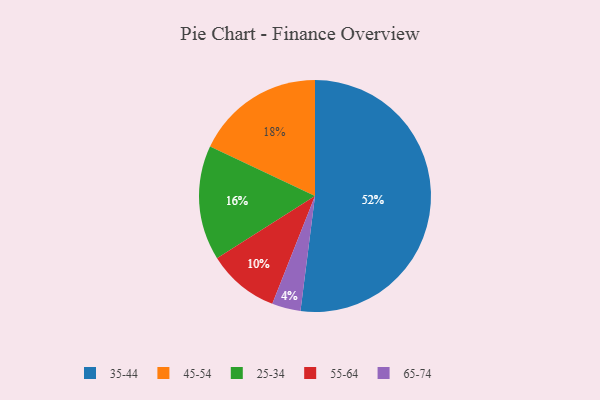
{"axis": {"x": "Category", "y": "Percentage"}, "legend": ["25-34", "35-44", "45-54", "55-64", "65-74"], "data": [{"x": "35-44", "y": 52, "type": "35-44"}, {"x": "25-34", "y": 16, "type": "25-34"}, {"x": "65-74", "y": 4, "type": "65-74"}, {"x": "45-54", "y": 18, "type": "45-54"}, {"x": "55-64", "y": 10, "type": "55-64"}]}